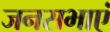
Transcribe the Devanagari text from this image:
जनसभाएं